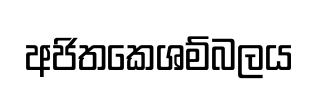
අජිතකෙශම්බලය